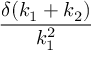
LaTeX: \frac { \delta ( k _ { 1 } + k _ { 2 } ) } { k _ { 1 } ^ { 2 } }